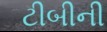
ટીબીની